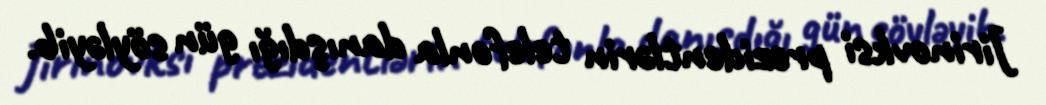
Jirinovksi prezidentlərin telefonla danışdığı gün söyləyib.